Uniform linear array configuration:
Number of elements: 24
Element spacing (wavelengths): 1
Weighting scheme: hamming
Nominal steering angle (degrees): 15
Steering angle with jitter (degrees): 15.921
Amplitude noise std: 0.05
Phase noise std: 0.05

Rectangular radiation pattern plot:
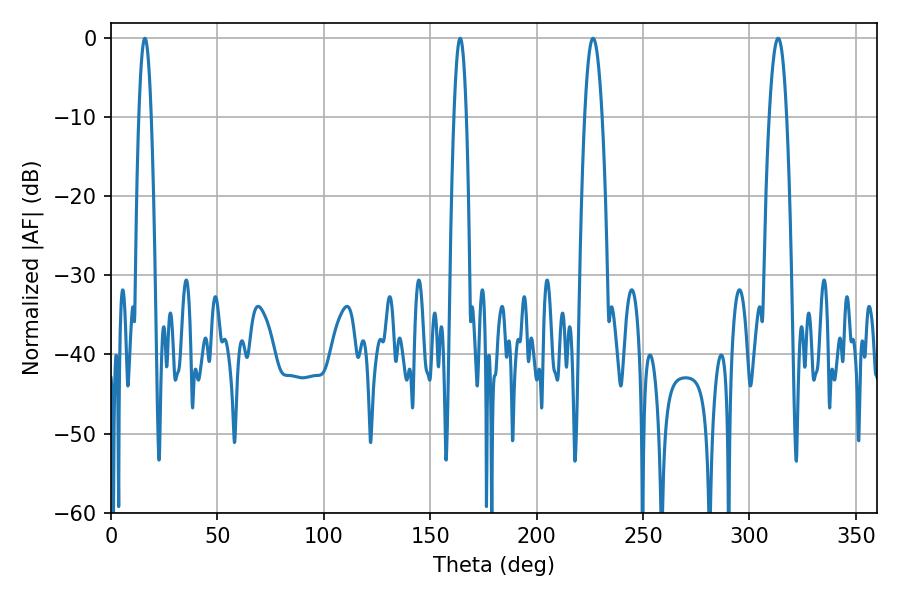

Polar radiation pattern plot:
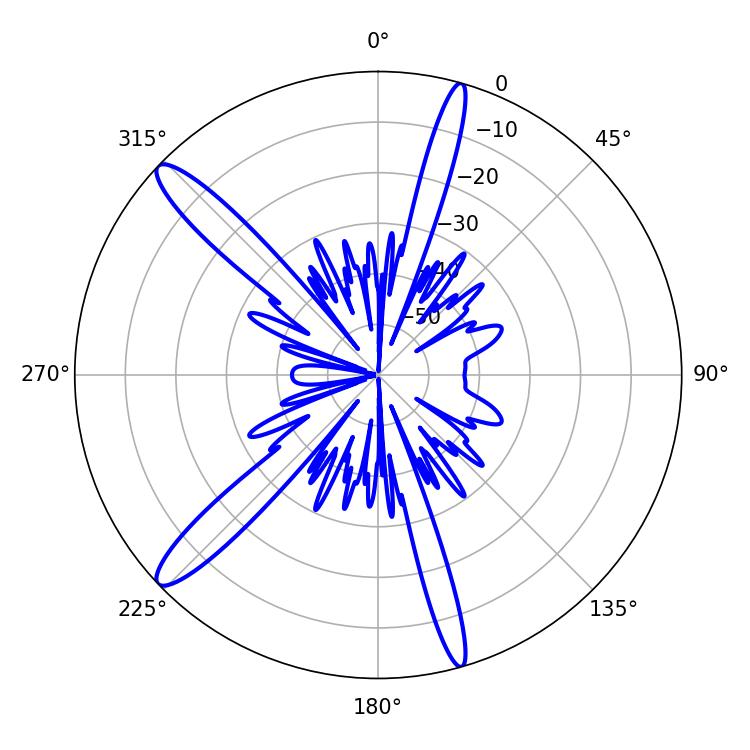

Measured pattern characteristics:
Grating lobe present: TRUE
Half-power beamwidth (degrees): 4.5
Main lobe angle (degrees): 226.44